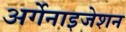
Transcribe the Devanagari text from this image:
अर्गेनाइजेशन